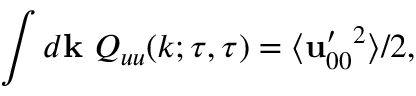
\int d { \bf { k } } \ Q _ { u u } ( k ; \tau , \tau ) = \langle { { \bf { u } } _ { 0 0 } ^ { \prime } { } ^ { 2 } } \rangle / 2 ,